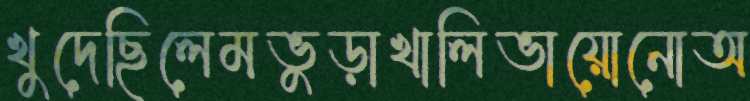
খুদেছিলেমভুড়াখালিভায়োনোঅ